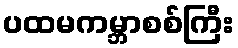
ပထမကမ္ဘာစစ်ကြီး